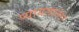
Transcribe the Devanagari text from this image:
प्यायलानंतर